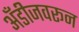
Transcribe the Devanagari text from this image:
अँडीजवरून